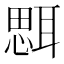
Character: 𦖷